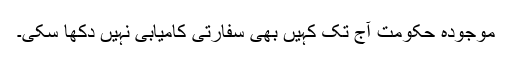
موجودہ حکومت آج تک کہیں بھی سفارتی کامیابی نہیں دکھا سکی۔